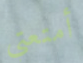
أمتعتي